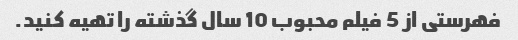
فهرستی از 5 فیلم محبوب 10 سال گذشته را تهیه کنید.